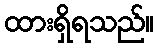
ထားရှိရသည်။